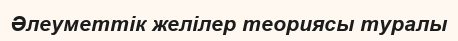
Әлеуметтік желілер теориясы туралы